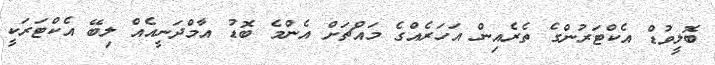
ބޮލީވުޑް އެކްޓަރުންގެ ތެރެއިން އަހަރެއްގެ މައްޗަށް އެންމެ ބޮޑު އާމްދަނީއެއް ލިބޭ އެކްޓަރަކީ